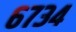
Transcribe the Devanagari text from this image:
६७३४